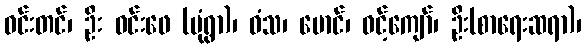
ဝင်းတင်၊ ဦး ဝင်းဖေ (မုံရွာ)၊ ဝံသ၊ မောင်၊ ဝင့်ကျော်၊ ဦး(စာရေးဆရာ)၊